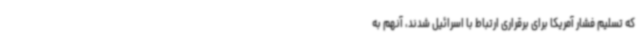
که تسلیم فشار آمریکا برای برقراری ارتباط با اسرائیل شدند، آنهم به